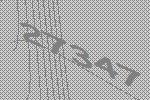
27347